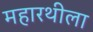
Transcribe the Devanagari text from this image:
महारथीला